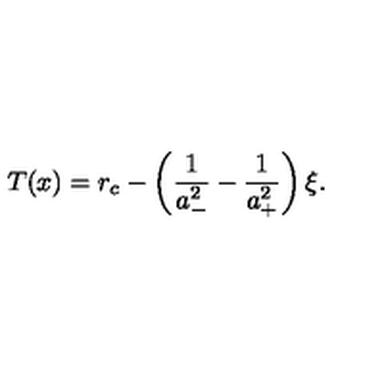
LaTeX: T ( x ) = r _ { c } - \left( \frac { 1 } { a _ { - } ^ { 2 } } - \frac { 1 } { a _ { + } ^ { 2 } } \right) \xi .